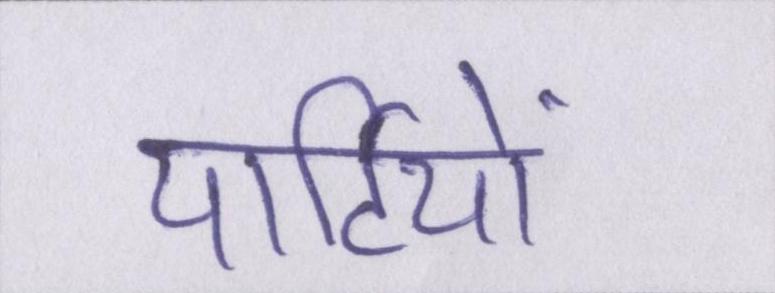
पार्टियों